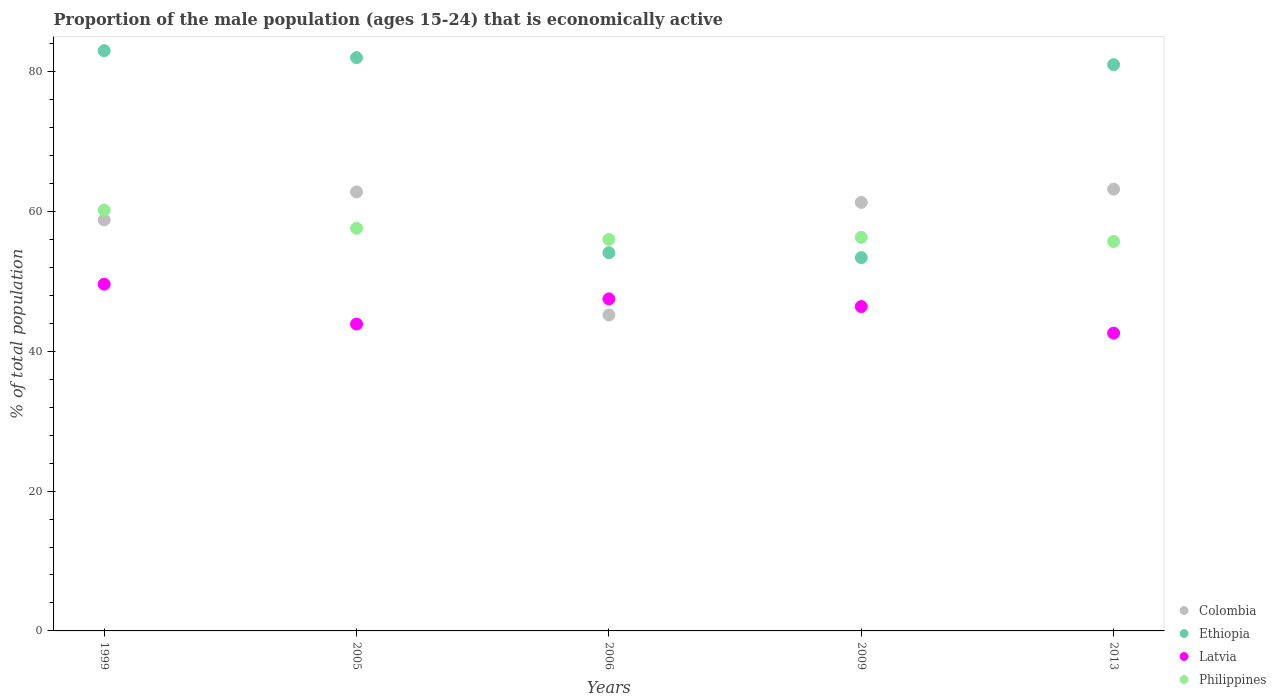
| Years | Colombia | Ethiopia | Latvia | Philippines |
 | --- | --- | --- | --- | --- |
 | 1999 | 58.8 | 83 | 49.6 | 60.2 |
 | 2005 | 62.8 | 82 | 43.9 | 57.6 |
 | 2006 | 45.2 | 54.1 | 47.5 | 56 |
 | 2009 | 61.3 | 53.4 | 46.4 | 56.3 |
 | 2013 | 63.2 | 81 | 42.6 | 55.7 |